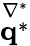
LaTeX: \stackrel{\nabla^{*}}{\boldsymbol{\mathrm{q}}^{*}}